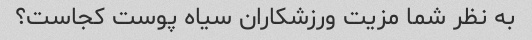
به نظر شما مزیت ورزشکاران سیاه پوست کجاست؟